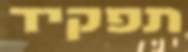
תפקיד